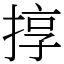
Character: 㨃